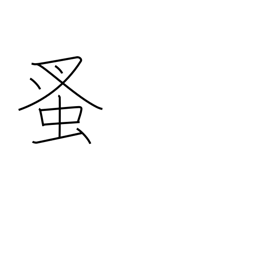
Meaning: flea